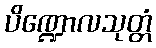
ပိဏ္ဍောလသုတ္တံ